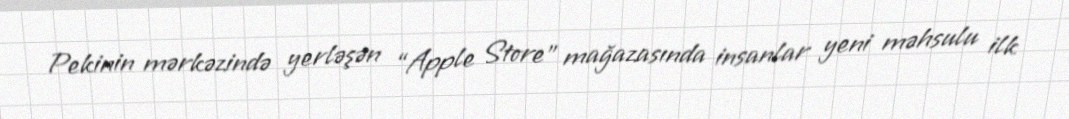
Pekinin mərkəzində yerləşən “Apple Store” mağazasında insanlar yeni məhsulu ilk